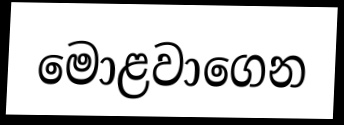
මොළවාගෙන